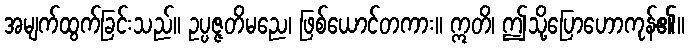
အမျက်ထွက်ခြင်းသည်။ ဥပ္ပဇ္ဇတိမညေ၊ ဖြစ်ယောင်တကား။ ဣတိ၊ ဤသို့ပြောဟောကုန်၏။